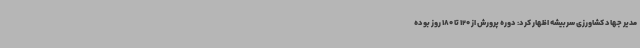
مدیر جهاد کشاورزی سربیشه اظهار کرد: دوره پرورش از 120 تا 180 روز بوده